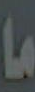
ما